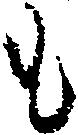
も